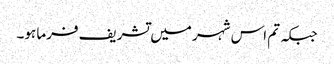
جبکہ تم اس شہر میں تشریف فرما ہو۔